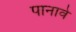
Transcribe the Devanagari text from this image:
पानावे